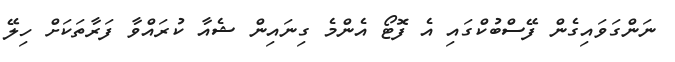
ނަންގަވައިގެން ފޭސްބުކްގައި އެ ފޮޓޯ އެންމެ ގިނައިން ޝެއާ ކުރައްވާ ފަރާތަކަށް ހިލޭ